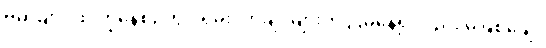
ဗမာများ ထကြွနေစဉ်တွင် ရှမ်း၊ ကချင်များက ငြိမ်နေ၍လည်း မဖြစ်ချေ။